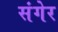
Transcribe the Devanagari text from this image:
संगेर